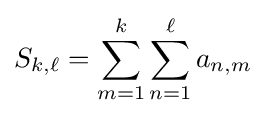
S_{k,\ell }=\sum _{m=1}^{k}\sum _{n=1}^{\ell }a_{n,m}